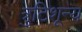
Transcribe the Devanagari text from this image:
त्रुटिशून्य